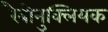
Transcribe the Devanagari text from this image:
रैबोनुक्लियक